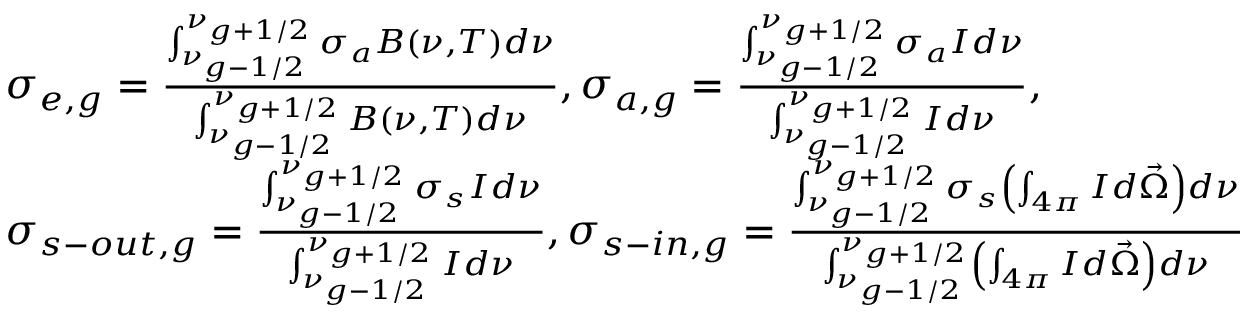
\begin{array} { l } { { \sigma _ { e , g } = \frac { \int _ { \nu _ { g - { 1 \mathord { \left/ { \vphantom { 1 2 } } \right. \kern - \nulldelimiterspace } 2 } } } ^ { \nu _ { g + { 1 \mathord { \left/ { \vphantom { 1 2 } } \right. \kern - \nulldelimiterspace } 2 } } } \sigma _ { a } B \left( \nu , T \right) d \nu } { \int _ { \nu _ { g - { 1 \mathord { \left/ { \vphantom { 1 2 } } \right. \kern - \nulldelimiterspace } 2 } } } ^ { \nu _ { g + { 1 \mathord { \left/ { \vphantom { 1 2 } } \right. \kern - \nulldelimiterspace } 2 } } } B \left( \nu , T \right) d \nu } , \sigma _ { a , g } = \frac { \int _ { \nu _ { g - { 1 \mathord { \left/ { \vphantom { 1 2 } } \right. \kern - \nulldelimiterspace } 2 } } } ^ { \nu _ { g + { 1 \mathord { \left/ { \vphantom { 1 2 } } \right. \kern - \nulldelimiterspace } 2 } } } \sigma _ { a } I d \nu } { \int _ { \nu _ { g - { 1 \mathord { \left/ { \vphantom { 1 2 } } \right. \kern - \nulldelimiterspace } 2 } } } ^ { \nu _ { g + { 1 \mathord { \left/ { \vphantom { 1 2 } } \right. \kern - \nulldelimiterspace } 2 } } } I d \nu } , } } \\ { { \sigma _ { s - o u t , g } = \frac { \int _ { \nu _ { g - { 1 \mathord { \left/ { \vphantom { 1 2 } } \right. \kern - \nulldelimiterspace } 2 } } } ^ { \nu _ { g + { 1 \mathord { \left/ { \vphantom { 1 2 } } \right. \kern - \nulldelimiterspace } 2 } } } \sigma _ { s } I d \nu } { \int _ { \nu _ { g - { 1 \mathord { \left/ { \vphantom { 1 2 } } \right. \kern - \nulldelimiterspace } 2 } } } ^ { \nu _ { g + { 1 \mathord { \left/ { \vphantom { 1 2 } } \right. \kern - \nulldelimiterspace } 2 } } } I d \nu } , \sigma _ { s - i n , g } = \frac { \int _ { \nu _ { g - { 1 \mathord { \left/ { \vphantom { 1 2 } } \right. \kern - \nulldelimiterspace } 2 } } } ^ { \nu _ { g + { 1 \mathord { \left/ { \vphantom { 1 2 } } \right. \kern - \nulldelimiterspace } 2 } } } \sigma _ { s } \left( \int _ { 4 \pi } I d \vec { \Omega } \right) d \nu } { \int _ { \nu _ { g - { 1 \mathord { \left/ { \vphantom { 1 2 } } \right. \kern - \nulldelimiterspace } 2 } } } ^ { \nu _ { g + { 1 \mathord { \left/ { \vphantom { 1 2 } } \right. \kern - \nulldelimiterspace } 2 } } } \left( \int _ { 4 \pi } I d \vec { \Omega } \right) d \nu } } } \end{array}